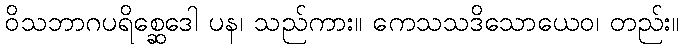
ဝိသဘာဂပရိစ္ဆေဒေါ ပန၊ သည်ကား။ ကေသသဒိသောယေဝ၊ တည်း။